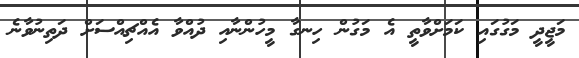
މަޖީދީ މަގުގައި ކަމަށްވާތީ އެ މަގުން ހިނގާ މީހުންނާއި ދުއްވާ އެއްޗިއްސަށް ދަތިނުވާނެ